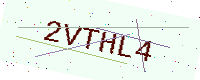
Text: 2VTHL4